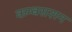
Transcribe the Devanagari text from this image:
कम्बसशन